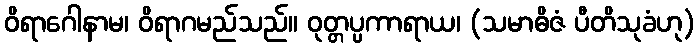
ဝိရာဂေါနာမ၊ ဝိရာဂမည်သည်။ ဝုတ္တပ္ပကာရာယ၊ (သမာဓိဇံ ပီတိသုခံဟု)